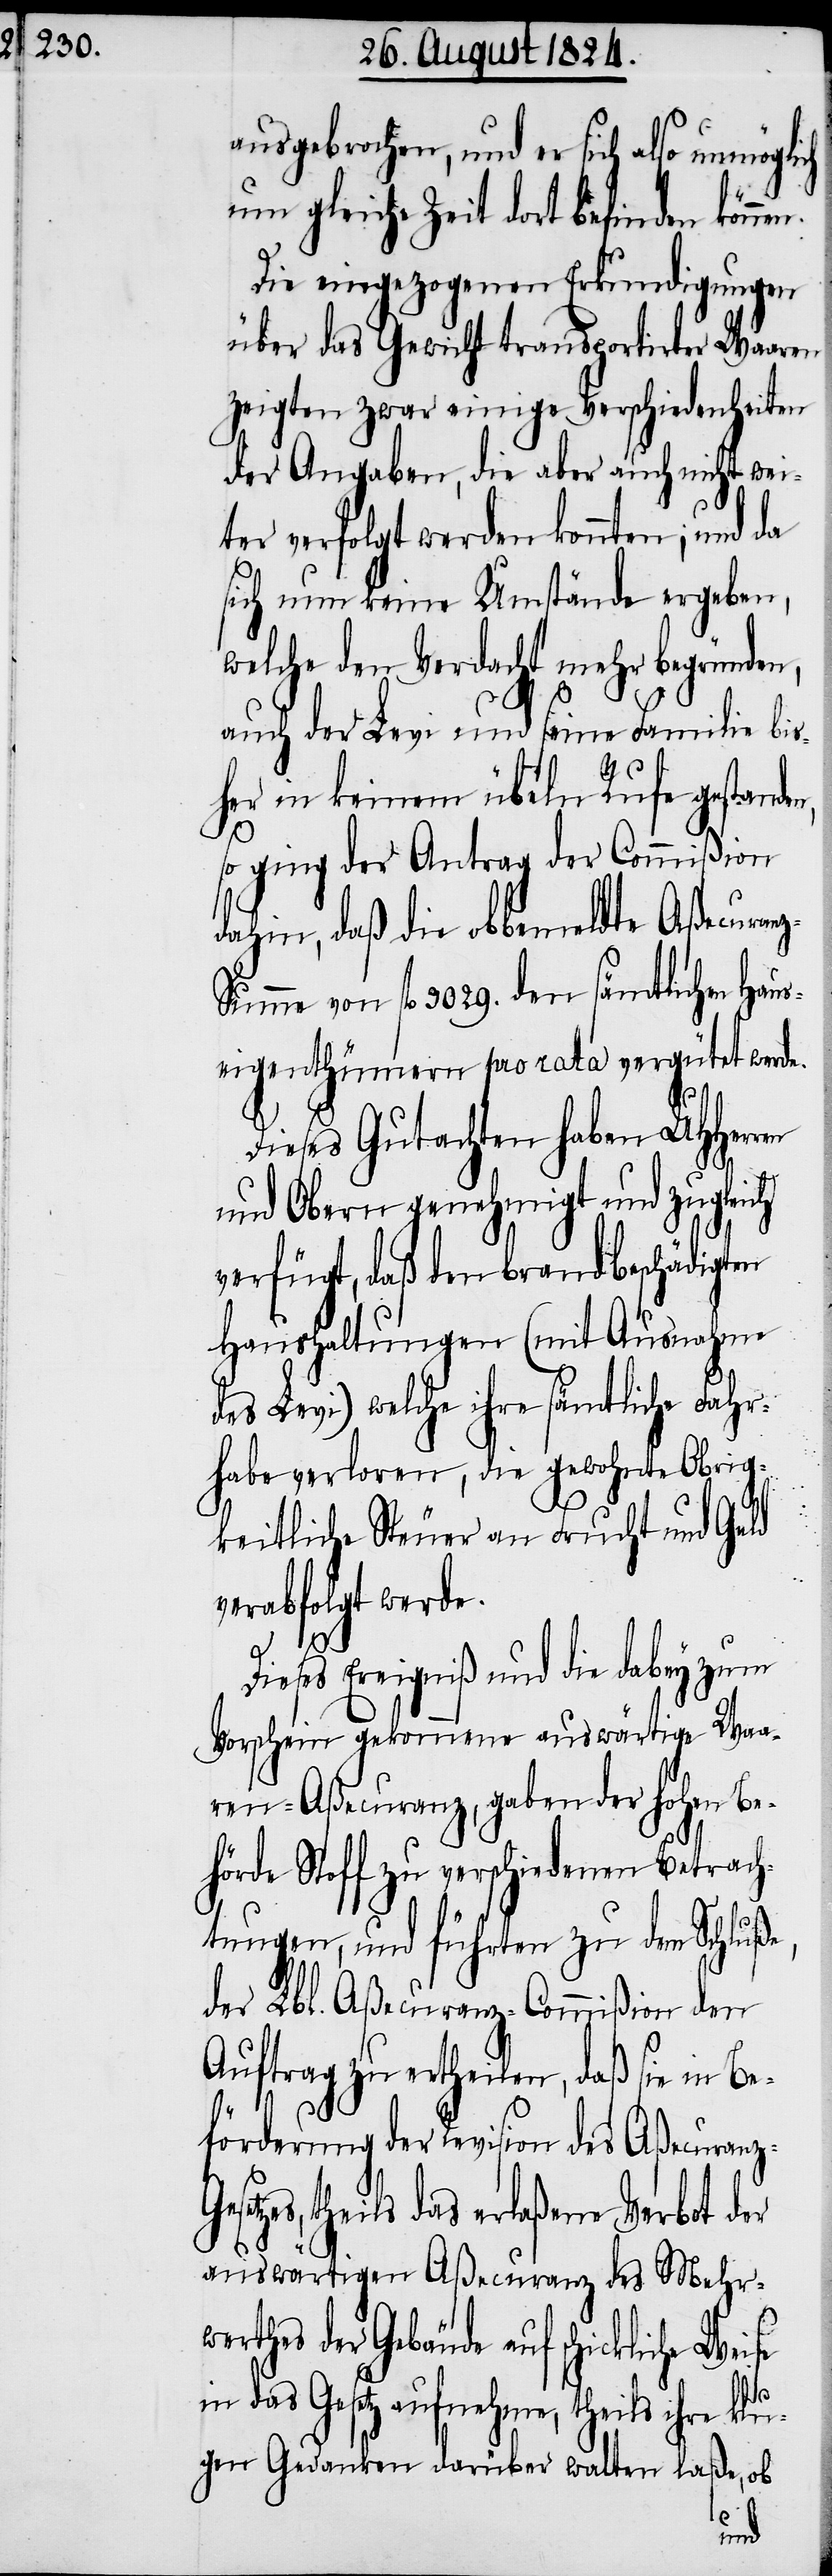
ausgebrochen, und er sich also unmögli¬
um gleiche Zeit dort befinden könne¬
Die eingezogenen Erkundigungen
über das Gewicht transportirter Waaren
zeigten zwar einige Verschiedenheiten
der Angaben, die aber auch nicht wei¬
ter verfolgt werden konnten; und da
sich nun keine Umstände ergeben,
welche den Verdacht mehr begründen,
auch der Levi und seine Familie bis¬
her in keinem übeln Rufe gestande¬
so ging der Antrag der Commißion
dahin, daß die obbemeldte Aßecuran¬
z-Summe von fl 3029. den sämtlichen Haus¬
eigenthümern pro rata vergütet werde.
Dieses Gutachten haben UHHerren
und Obern genehmigt und zugleich
verfügt, daß den brandbeschädigten
Haushaltungen (mit Ausnahme
des Levi) welche ihre sämtliche Fahr¬
habe verloren, die gewohnte Obrig¬
keitliche Steuer an Frucht und Geld
verabfolgt werde.
z-G¬
Dieses Ereigniß und die dabey zum
Vorschein gekommene auswärtige Waa¬
ren-Aßecuranz, geben der hohen Be¬
hörde Stoff zu verschiedenen Betrach¬
tungen, und führten zu dem Schluße,
der Lbl. Brandaßecuranz-Commißion den
Auftrag zu ertheilen, daß sie in Be¬
förderung der Revision des Aßecuran¬
tzes, theils das erlaßene Verbot der
auswärtigen Aßecuranz des Mehr¬
werthes der Gebäude auf schickliche
n.
in das Gesetz aufnehme, theils ihre klu¬
gen Gedanken darüber walten laße, ob
ese¬